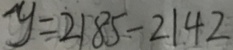
y = 2 1 8 5 - 2 1 4 2